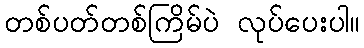
တစ်ပတ်တစ်ကြိမ်ပဲ လုပ်ပေးပါ။